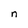
Character: n